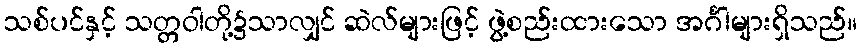
သစ်ပင်နှင့် သတ္တဝါတို့၌သာလျှင် ဆဲလ်များဖြင့် ဖွဲ့စည်းထားသော အင်္ဂါများရှိသည်။